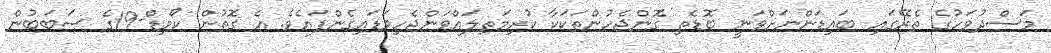
މަސްދުވަހުގެ ތެރޭގައި ބައިޑަންނަށްވަނީ ބޮޑެތި ގޮންޖެހުންތަކަކާ ކުރިމަތިލައްވަންޖެހިވަޑައިގެންފައެވެ. އެ ގޮތުން ކޯވިޑް-19ގެ ސަބަބުން